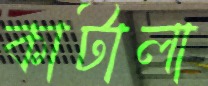
কাটালা